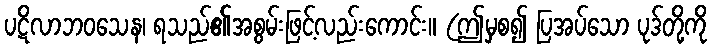
ပဋိလာဘဝသေန၊ ရသည်၏အစွမ်းဖြင့်လည်းကောင်း။ (ဤမှစ၍ ပြအပ်သော ပုဒ်တို့ကို